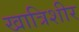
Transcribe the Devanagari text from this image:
खात्रिशीर